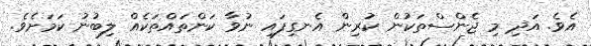
އެވެ. އަދި މި ޖެންސްތަކުން ކުރިން އެނގިފައި ނުވާ ކަންތައްތަކެއް ލިބުނު ކަމަށެވެ.